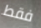
فقط